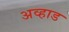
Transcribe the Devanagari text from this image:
अव्हाड